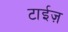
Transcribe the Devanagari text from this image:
टाईज़